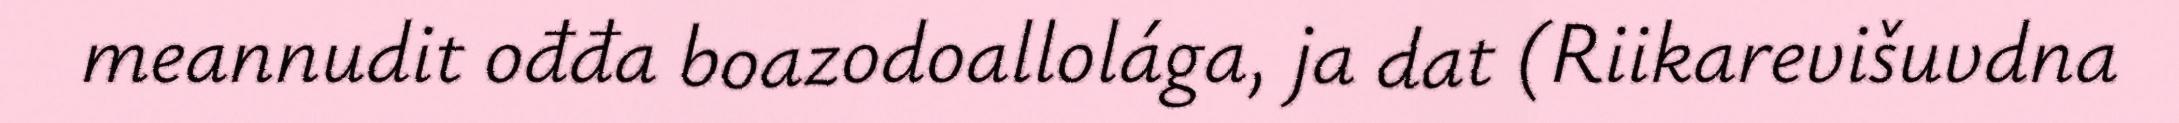
meannudit ođđa boazodoallolága, ja dat (Riikarevišuvdna